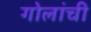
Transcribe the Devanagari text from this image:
गोलांची